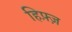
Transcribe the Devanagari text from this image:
हिफ़्ज़